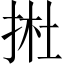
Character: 𢭰